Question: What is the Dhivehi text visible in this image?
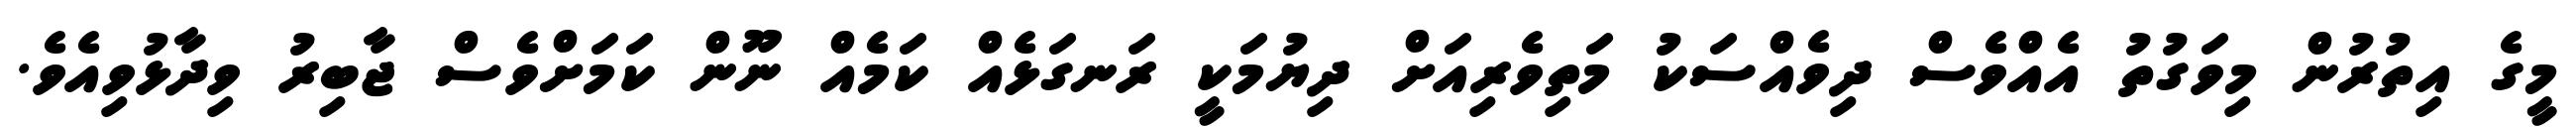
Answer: މީގެ އިތުރުން މިވަގުތު އެއްވެސް ދިވެއްސަކު މަތިވެރިއަށް ދިޔުމަކީ ރަނގަޅެއް ކަމެއް ނޫން ކަމަށްވެސް ޖާބިރު ވިދާޅުވިއެވެ.